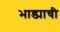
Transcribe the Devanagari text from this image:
भाड्याची